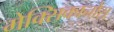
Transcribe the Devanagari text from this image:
मेक्सिकानोस